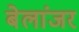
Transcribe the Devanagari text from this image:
बेलांजर